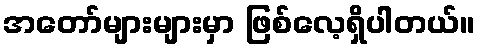
အတော်များများမှာ ဖြစ်လေ့ရှိပါတယ်။